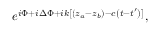
e ^ { i \Phi + i \Delta \Phi + i k \left[ ( z _ { a } - z _ { b } ) - c \left( t - t ^ { \prime } \right) \right] } ,